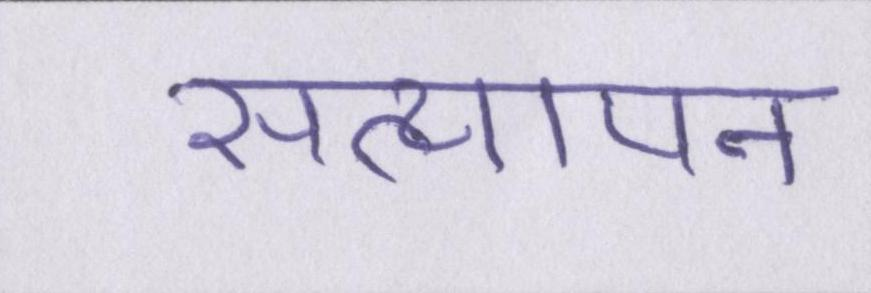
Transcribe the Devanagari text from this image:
सत्यापन